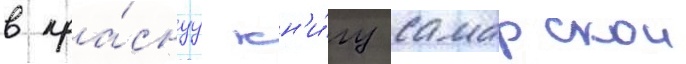
в кра́снуу кн'и́гу самарскои